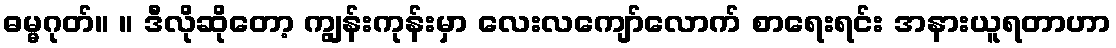
ဓမ္မဂုတ်။ ။ ဒီလိုဆိုတော့ ကျွန်းကုန်းမှာ လေးလကျော်လောက် စာရေးရင်း အနားယူရတာဟာ